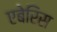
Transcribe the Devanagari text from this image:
एबेरिस